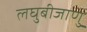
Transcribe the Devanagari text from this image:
लघुबीजाणु